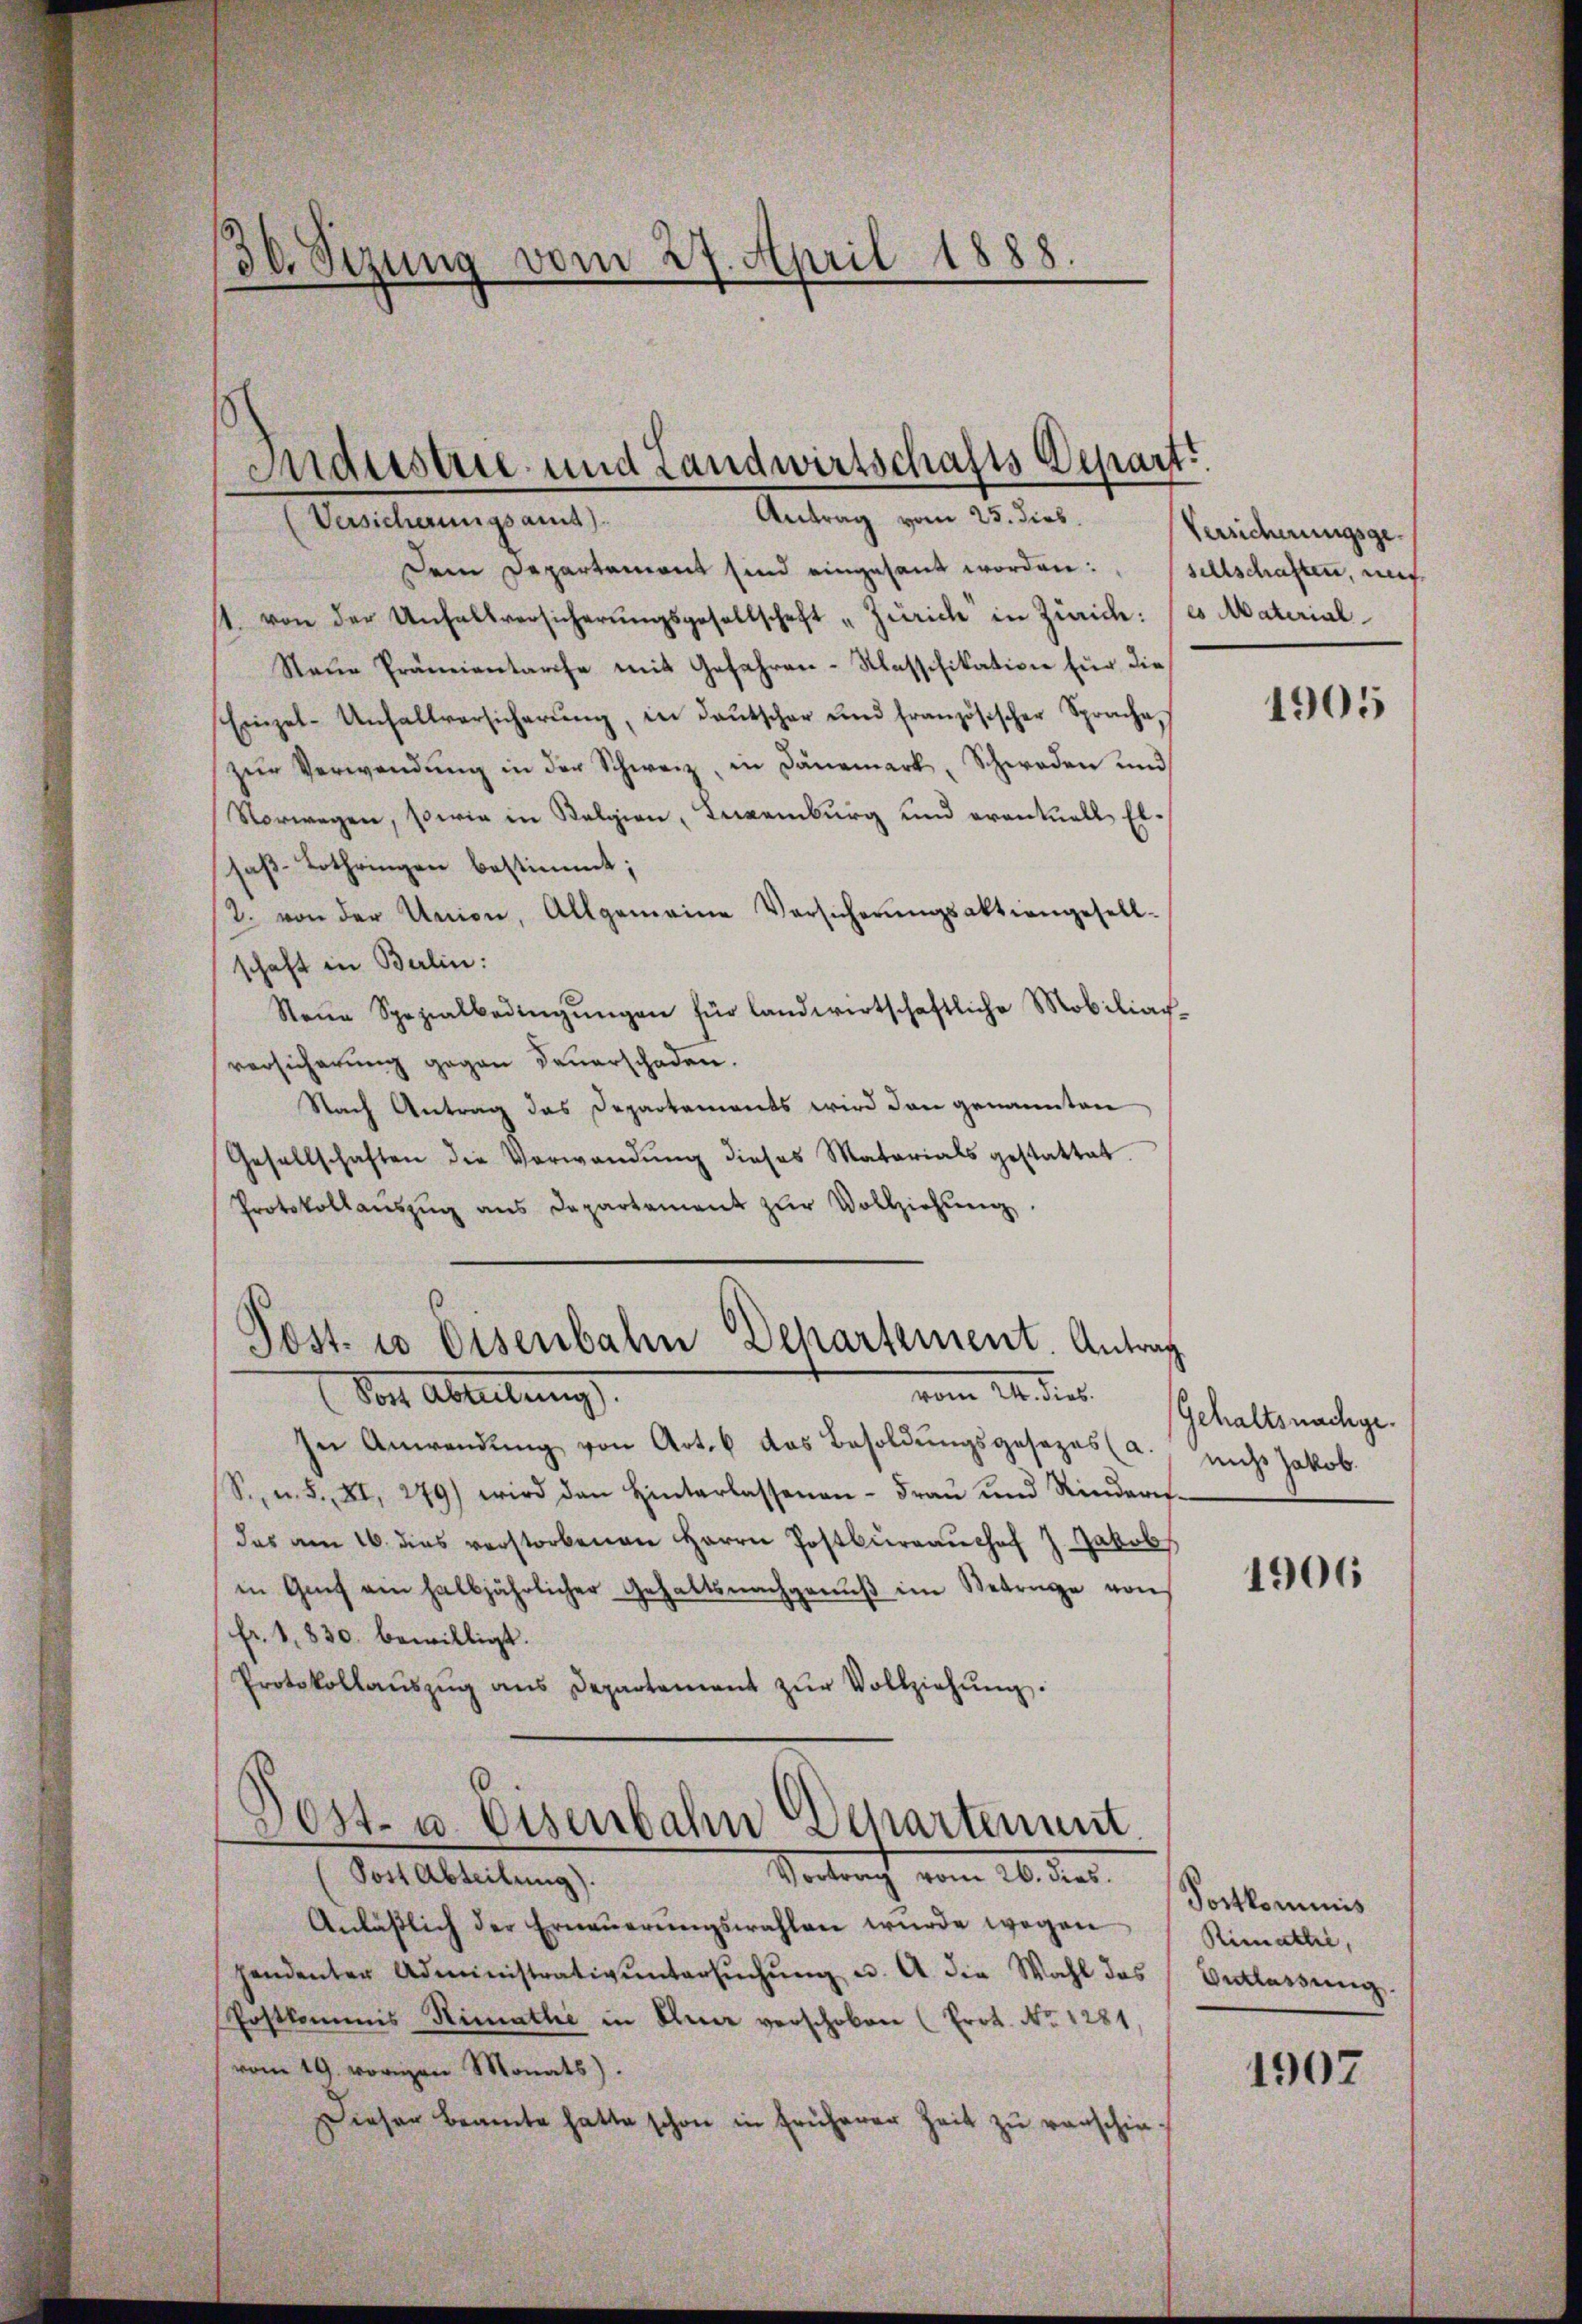
30. Sezung vom 27. April 1888.

Dem Departement sind eingesant worden: "sellschaften, mit
st. von der Unfallversicherŭngsgesellschaft „Zürich in Zürich: es Material
Neue Prämientarife mit Gefahren-Klassifikation für die
Einzel-Unfallversicherŭng, in deutscher und französischer Sprache
zur Verwendung in der Schweiz, in Dänemark, Schweden und
Vorwegen, sowie in Belgien, Neuenburg und eventuell Elsaß-Lothringen bestimmt;
2. von der Union, Allgemeine Versicherŭngsaktiengesell-
schaft in Berlin:
Neŭe Spezialbedingŭngen für landwirtschaftliche Mobiliar-
versicherung gegen dauerschaden.
Nach Antrag das Departements wird dann genannten
Gesellschaften die Verwandŭng dieses Materials gestattet.
Protokollaŭszŭg ans Departement zŭr Vollziehŭng.
Post. 10 Eisenbahn Departement. Antrag
vom 21. dies
Der Ableitung.
In Anwendŭng von Art. 6 das Besoldungsgesezes (a.
S., n. F. XI, 279) wird den Hinterlassenen- Fraŭ und Rinderes-
das am 16. dies verstorbenen Herrn Postkŭrraŭch J. Jakob
in Genf ein halbjährlicher Gehaltsnachgenŭβ im Betrage von
(fr. 1830. bewilligt.
Protokollaŭszŭg ans Departement zŭr Vollziehŭng.
Dost- u. Eisenbahn Departement.
Vertracht vom 16. dies
Post Abteilung).
Anläβlich der Erneŭerŭngswahlen wurde wegen
pendenter Administrativŭntersŭchŭng u. A. die Wahl das Entlassŭng.
Postkommis Rimathe in den verschoben (Prot. No 1281.
(vom 19. vorigen Monats).
Dieser Beamte hatte schon in früherer Zeit zu verschie¬

Industrie und Landwirtschafts Depart
Versicherŭngsamt). Antrag vom 25. dies

Versicherungsge¬

1905

Gehaltsnachgenicht Jakob.

1906

Postkominis
Rimathe,

1907